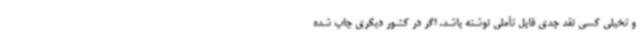
و تخیلی کسی نقد جدی قابل تأملی نوشته باشد. اگر در کشور دیگری چاپ شده